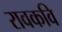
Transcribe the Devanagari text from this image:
रावकवि